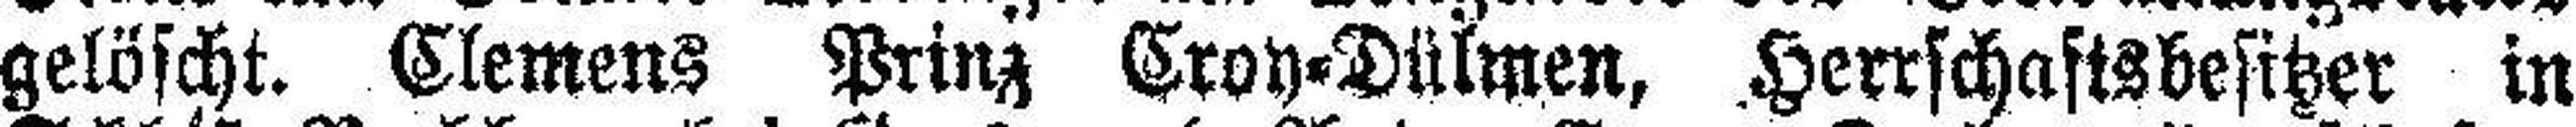
gelöscht. Clemens Prinz Croy-Dülmen, Herrschaftsbesitzer in